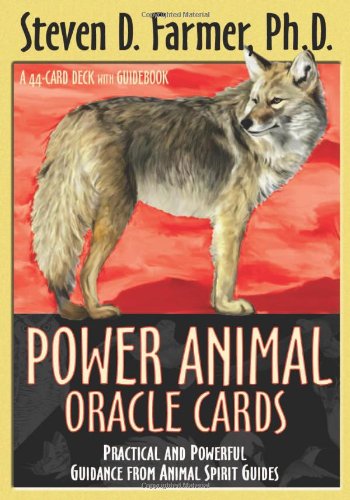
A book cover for Power Animal Oracle Cards: Practical and Powerful Guidance from Animal Spirit Guides; Steven D. Farmer; Religion & Spirituality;